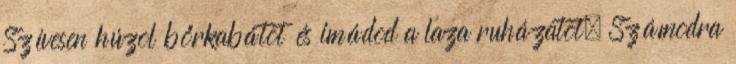
Szívesen húzol bőrkabátot és imádod a laza ruházatot. Számodra